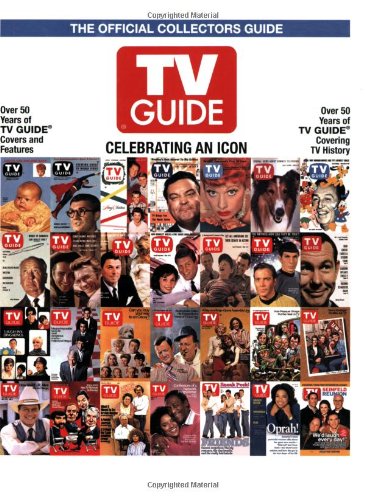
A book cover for TV Guide The Official Collectors Guide: Celebrating An Icon; Crafts, Hobbies & Home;